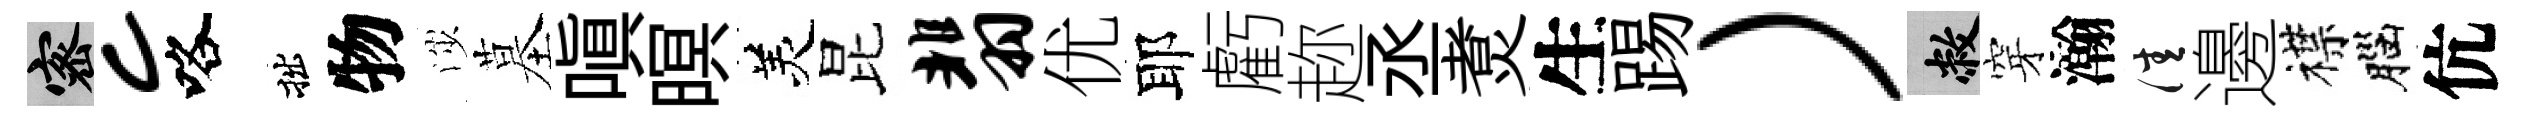
密c咯拙物渉墓嗔暝羙昆翡优耶虧趂丞煑生踢）敝穿瀚佳邊襟腦伉